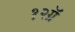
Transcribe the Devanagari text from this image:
१२ग्रॅ